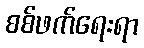
စစ်ဖက်ရေးရာ